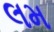
લમ